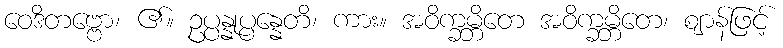
ဝေဒိတဗ္ဗော၊ ၏။ ဥပ္ပန္နုပ္ပန္နေတိ၊ ကား။ အဝိက္ခမ္ဘိတေ အဝိက္ခမ္ဘိတေ၊ ဈာန်ဖြင့်